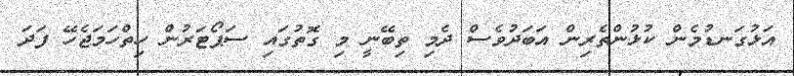
އަޅުގަނޑުމެން ކުޅުންތެރިން އަބަދުވެސް ދެމި ތިބޭނީ މި ގޮތުގައި ސަޕޯޓަރުން ހިތްހަމަޖެހޭ ފަދަ